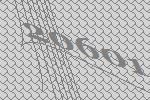
20601